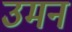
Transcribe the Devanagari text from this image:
उमन